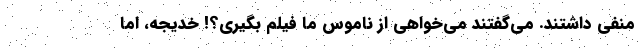
منفی داشتند. می‌گفتند می‌خواهی از ناموس ما فیلم بگیری؟! خدیجه، اما